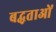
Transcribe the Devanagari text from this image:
बद्धताओं